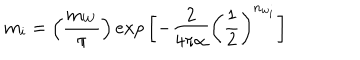
m _ { i } = \left( \frac { m _ { W } } { \pi } \right) e x p \left[ - \frac { 2 } { 4 \pi \alpha } \left( \frac { 1 } { 2 } \right) ^ { n _ { w _ { i } } } \right]